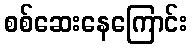
စစ်ဆေးနေကြောင်း